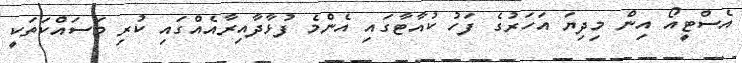
އެސްޓީއޯ އިން މިދިޔަ އަހަރުގެ ފަހު ކުއާޓާގައި އެންމެ ފުޅާދާއިރާއެއްގައި ކުރި މަސައްކަތަކީ